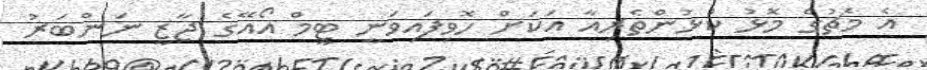
އެ މެޗުގެ މޮޅު ކުޅުންތެރިއާ އަކަށް ހޮވިފައިވަނީ ޓީމް އޯއޭގެ ޖާޒީ ނަންބަރު